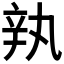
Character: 𰺥